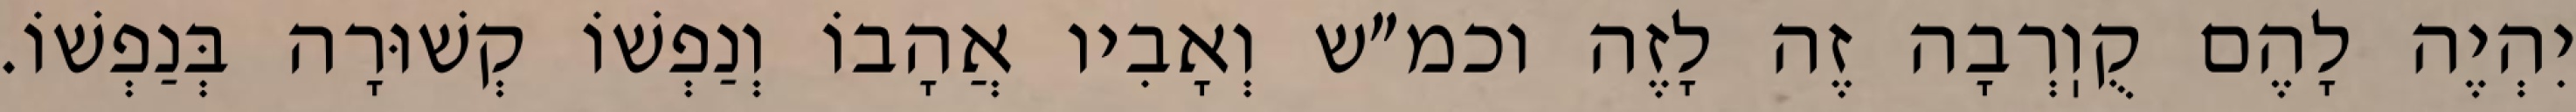
יִהְיֶה לָהֶם קֻוֽרְבָה זֶה לָזֶה וכמ״ש וְאָבִיו אֲהָבוֹ וְנַפְשׁוֹ קְשׁוּרָה בְּנַפְשׁוֹ.